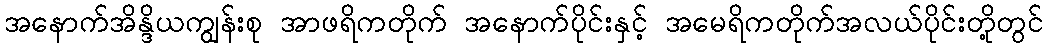
အနောက်အိန္ဒိယကျွန်းစု အာဖရိကတိုက် အနောက်ပိုင်းနှင့် အမေရိကတိုက်အလယ်ပိုင်းတို့တွင်